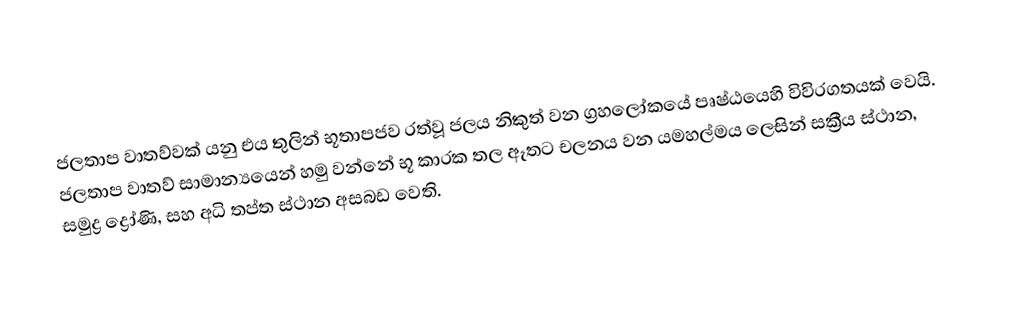
ජලතාප වාතව්වක් යනු එය තුලින් භූතාපජව රත්වූ ජලය නිකුත් වන ග්‍රහලෝකයේ පෘෂ්ඨයෙහි විවිරගතයක් වෙයි. ජලතාප වාතව් සාමාන්‍යයෙන් හමු වන්නේ භූ කාරක තල ඈතට චලනය වන යමහල්මය ලෙසින් සක්‍රීය ස්ථාන,  සමුද්‍ර ද්‍රෝණි, සහ අධි තප්ත ස්ථාන අසබඩ වෙති.